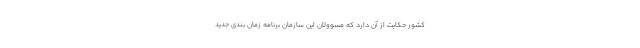
کشور حکایت از آن دارد که مسوولان این سازمان برنامه زمان بندی جدید